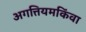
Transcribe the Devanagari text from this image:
अगत्तियमकिंवा